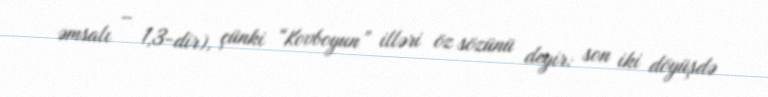
əmsalı – 1,3-dir), çünki “Kovboyun” illəri öz sözünü deyir: son iki döyüşdə